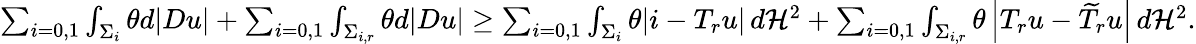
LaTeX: \begin{array}{r}{\sum_{i=0,1}\int_{\Sigma_{i}}\theta d|Du|+\sum_{i=0,1}\int_{\Sigma_{i,r}}\theta d|Du|\geq\sum_{i=0,1}\int_{\Sigma_{i}}\theta|i-T_{r}u|\, d\mathcal H^{2}+\sum_{i=0,1}\int_{\Sigma_{i,r}}\theta\left|T_{r}u-\widetilde{T}_{r}u\right|\, d\mathcal H^{2}.}\end{array}